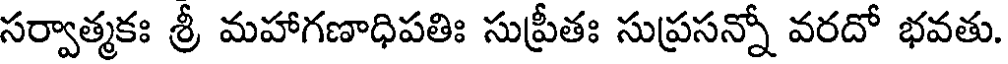
సర్వాత్మకః శ్రీ మహాగణాధిపతిః సుప్రీతః సుప్రసన్నో వరదో భవతు.